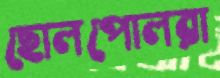
ছোলপোলরা